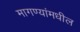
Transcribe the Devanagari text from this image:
मागण्यांमधील